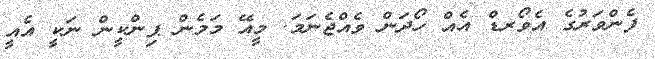
ފެންވަރުގެ އެވޯރޑް އެއް ހޯދަން ވެއްޖެނަމަ. މީއޭ މަމެން ޕިންކީން ނަކީ އެއީ